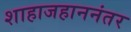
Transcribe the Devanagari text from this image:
शाहाजहाननंतर